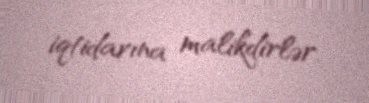
iqtidarına malikdirlər.